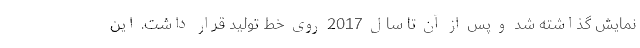
نمایش گذاشته شد و پس از آن تا سال 2017 روی خط تولید قرار داشت. این